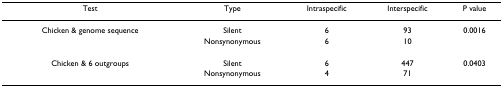
| Test | Type | Intraspecific | Interspecific | P value |
 | --- | --- | --- | --- | --- |
 | Chicken & genome sequence | Silent | 6 | 93 | 0.0016 |
 |  | Nonsynonymous | 6 | 10 |  |
 | Chicken & 6 outgroups | Silent | 6 | 447 | 0.0403 |
 |  | Nonsynonymous | 4 | 71 |  |